Annual returns of the Patna Lunatic Asylum at Bankipore in Bihar and Orissa - 1912-1924
Year: 1912
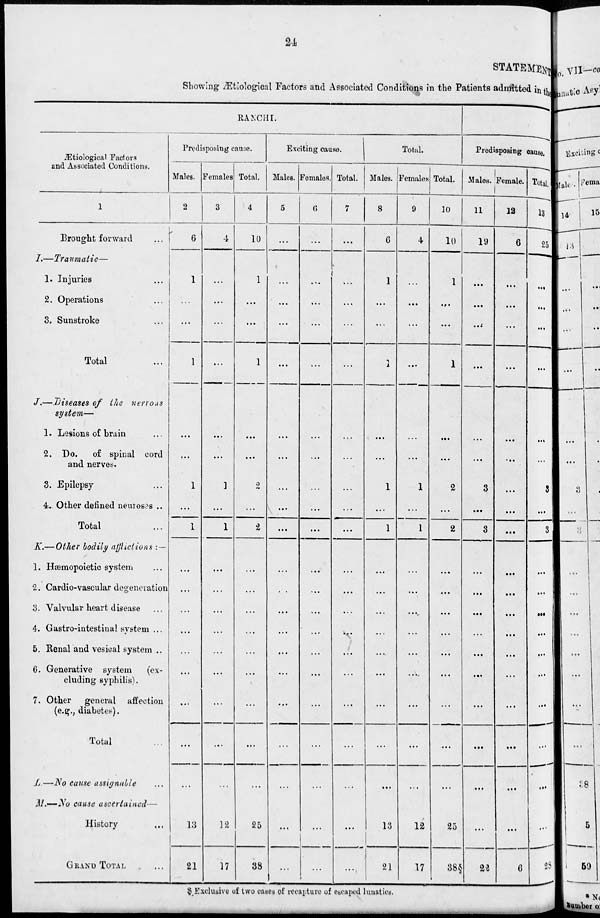
24
STATEMENT
Showing Ætiological Factors and Associated Conditions in the Patients admitted in the
Ætiological Factors
and Associated Conditions.
1
Brought forward
...
I.—Traumatic—
1. Injuries ...
2. Operations
...
3. Sunstroke
...
Total ...
J.—Diseases of the nerrous
system—
1. Lesions of brain ...
2. Do.
of spinal cord
and nerves.
3. Epilepsy ...
4. Other defined neuroses ..
Total ...
K.— Other bodily afflictions : —
1. Hæmopoietic system ...
2. Cardio-vascular defeneration
3. Valvular heart disease ...
4. Gastro-intestinal system ...
5. Renal and vesical system ...
6. Generative system
(ex-
cluding syphilis).
7. Other
general
affection
(e.g., diabetes).
Total ...
L.—No cause assignable ...
M.—No cause
ascertained—
History ...
GRAND TOTAL ...
RANCHI.
Predisposing cause.
Males.
2
6
1
...
...
1
...
...
1
...
1
...
...
...
...
...
...
...
...
...
13
21
Females.
3
4
...
...
...
...
...
...
1
...
1
...
...
...
...
...
...
...
...
...
12
17
Total.
4
10
1
...
...
1
...
...
2
...
2
...
...
...
...
...
...
...
...
...
25
38
Exciting cause.
Males.
5
...
...
...
...
...
...
...
...
...
...
...
...
...
...
...
...
...
...
...
...
...
Females.
6
...
...
...
...
...
...
...
...
...
...
...
...
...
...
...
...
...
...
...
...
...
Total.
7
...
...
...
...
...
...
...
...
...
...
...
...
...
...
...
...
...
...
...
...
Total.
Males.
8
6
1
...
...
1
....
...
1
...
1
...
...
...
...
...
...
...
...
...
13
21
Females
9
4
...
...
...
...
...
...
1
...
1
...
...
...
...
...
...
...
...
...
12
17
Total.
10
10
1
...
...
1
...
...
2
...
2
...
...
...
...
...
...
...
...
...
25
38§
Predisposing cause.
Males.
11
19
...
...
...
...
...
...
3
...
3
...
...
....
...
...
...
...
...
...
...
22
Female.
12
6
...
...
...
...
...
...
...
...
...
...
...
...
...
...
...
...
...
...
...
6
Total.
13
25
...
...
...
...
...
...
3
...
3
...
...
...
...
...
...
...
...
...
...
28
§ Exclusive of two cases of recapture of escaped lunatics.